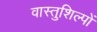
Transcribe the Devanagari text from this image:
वास्तुशिल्पों